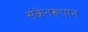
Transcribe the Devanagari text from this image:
संकेतरूपान